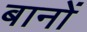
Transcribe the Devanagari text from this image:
बानों